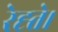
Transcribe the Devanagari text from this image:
रेह्ते।